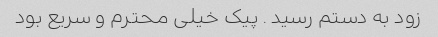
زود به دستم رسید ‌. پیک خیلی محترم و سریع بود